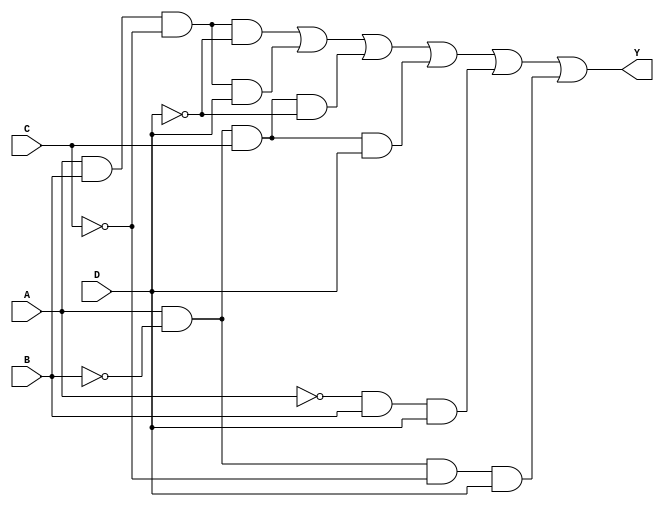
module k_map_4_var (
    input wire A,  // Input A
    input wire B,  // Input B
    input wire C,  // Input C
    input wire D,  // Input D
    output wire Y  // Output Y (the simplified Boolean expression)
);

// Define the K-map function based on the selected minterms
// Here, we'll assume a hypothetical Boolean function defined by some minterms.
// You need to replace the minterms in the expression with the ones specific to your function.

assign Y = 
    (A & B & ~C & ~D) |  // Minterm 0 (A=0, B=0, C=0, D=0)
    (A & B & ~C & D)  |  // Minterm 1 (A=0, B=0, C=0, D=1)
    (A & ~B & C & ~D)  | // Minterm 4 (A=0, B=1, C=1, D=0) 
    (A & ~B & C & D)  |  // Minterm 5 (A=0, B=1, C=1, D=1)
    (~A & B & D)      |   // Minterm 10 (A=1, B=0, C=0, D=1)
    (A & ~B & ~C & D);   // Minterm 3 (A=0, B=1, C=0, D=1)

// The above expression is derived based on a hypothetical scenario 
// that considers specific minterms in the K-map. You can adjust 
// the terms based on your specific K-map simplification.

endmodule